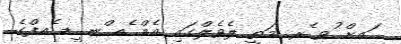
ައށް ުވ ެރ މަތީ ލެވެލްގައި އެމް ެއ ްނ ީޑ ެއފްގެ